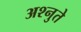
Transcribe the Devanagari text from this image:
अश्नुते